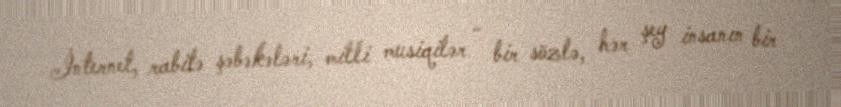
İnternet, rabitə şəbəkələri, milli musiqilər - bir sözlə, hər şey insanın bir